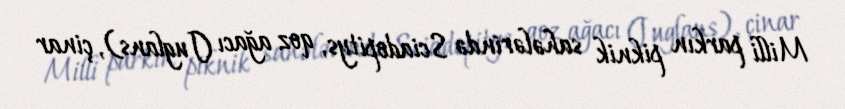
Milli parkın piknik sahələrində Sciadopitys, qoz ağacı (Juglans), çinar